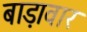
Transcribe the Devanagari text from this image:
बाड़ावार